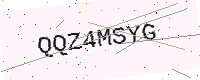
Text: QQZ4MSYG